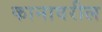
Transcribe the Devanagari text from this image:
कानावरील